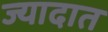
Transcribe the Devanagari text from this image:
ज्यादात